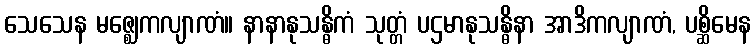
သေသေန မဇ္ဈေကလျာဏံ။ နာနာနုသန္ဓိကံ သုတ္တံ ပဌမာနုသန္ဓိနာ အာဒိကလျာဏံ, ပစ္ဆိမေန